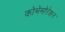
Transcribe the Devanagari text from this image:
कोमेमोरेशन